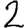
Digit: 2